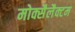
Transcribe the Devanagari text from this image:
मोक्सैलैक्टम